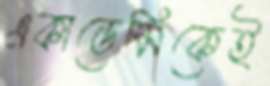
একাডেমিকেই